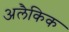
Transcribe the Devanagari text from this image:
अलैकिक